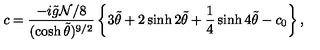
c = { \frac { - i \tilde { g } { \cal N } / 8 } { ( \cosh \tilde { \theta } ) ^ { 9 / 2 } } } \left\{ 3 \tilde { \theta } + 2 \sinh 2 \tilde { \theta } + { \frac { 1 } { 4 } } \sinh 4 \tilde { \theta } - c _ { 0 } \right\} ,